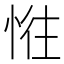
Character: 𢛛